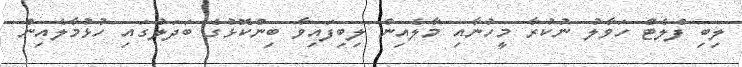
ލިބި ފްލެޓް ހަވާލު ނުކުރާ މީހުނާއި މާލެއިން ލިބިފައިވާ ބިންކޮޅުގެ ބަދަލުގައި ހުޅުމާލެއިން